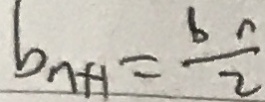
b _ { n + 1 } = \frac { b _ { n } } { 2 }